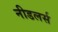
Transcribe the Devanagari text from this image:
नीडलर्स